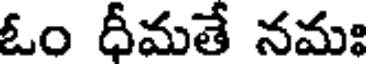
ఓం ధీమతే నమః